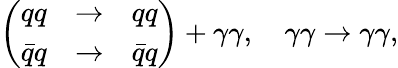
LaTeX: \left(\begin{array}{ccc}{{qq}}&{{\to}}&{{qq}}\\ {{\bar{q}q}}&{{\to}}&{{\bar{q}q}}\end{array}\right)+\gamma\gamma,\quad\gamma\gamma\to\gamma\gamma,